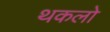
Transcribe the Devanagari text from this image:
थकलो